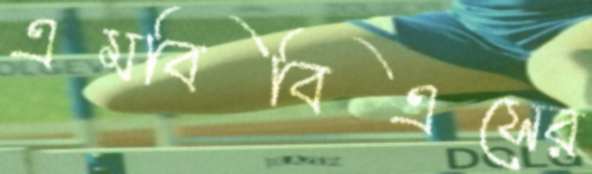
এমবিবিএসের